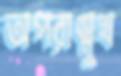
অপরাঙ্মুখ